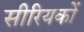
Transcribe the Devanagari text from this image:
सीरियकों